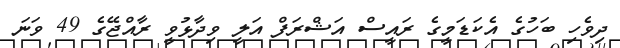
ދިވެހި ބަހުގެ އެކަޑަމީގެ ރައީސް އަޝްރަފް އަލީ ވިދާޅުވީ ރާއްޖޭގެ 49 ވަނަ